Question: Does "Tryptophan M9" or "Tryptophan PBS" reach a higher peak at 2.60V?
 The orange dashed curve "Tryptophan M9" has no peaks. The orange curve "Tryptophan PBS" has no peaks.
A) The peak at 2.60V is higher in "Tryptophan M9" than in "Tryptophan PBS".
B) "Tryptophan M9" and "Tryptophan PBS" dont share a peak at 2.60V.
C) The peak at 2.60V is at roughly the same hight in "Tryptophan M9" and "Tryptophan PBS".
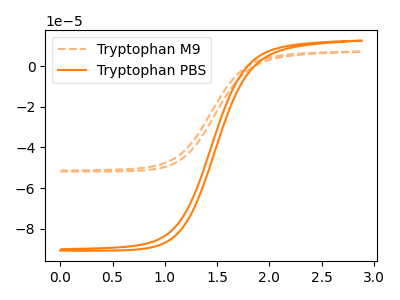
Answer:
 <answer>B) "Tryptophan M9" and "Tryptophan PBS" dont share a peak at 2.60V.</answer>
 <eval>B</eval>